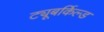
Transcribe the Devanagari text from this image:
ट्यूबर्किल्ड